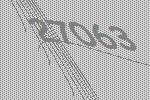
27063